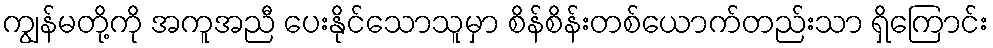
ကျွန်မတို့ကို အကူအညီ ပေးနိုင်သောသူမှာ စိန်စိန်းတစ်ယောက်တည်းသာ ရှိကြောင်း